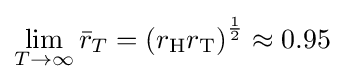
\lim _{T\to \infty }{\bar {r}}_{T}=\left(r_{\text{H}}r_{\text{T}}\right)^{\frac {1}{2}}\approx 0.95